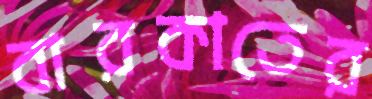
বারকাতের